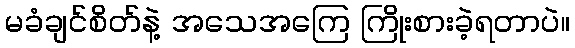
မခံချင်စိတ်နဲ့ အသေအကြေ ကြိုးစားခဲ့ရတာပဲ။